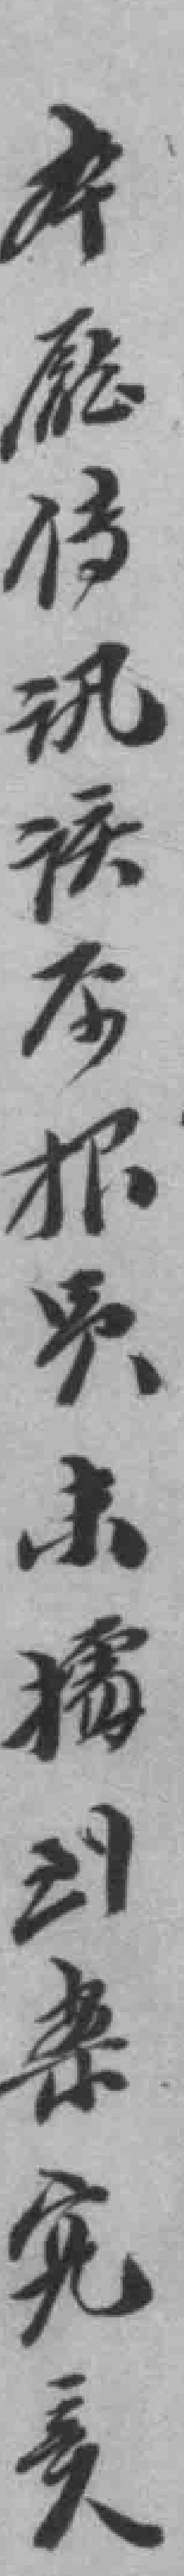
本廳传讯该*报*未播到來究竟